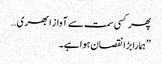
پھر کسی سمت سے آواز ابھری…
”ہمارا بڑا نقصان ہوا ہے۔